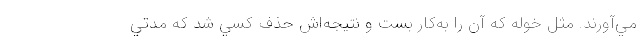
مي‌آورند. مثل خوله كه آن را به‌كار بست و نتيجه‌اش حذف كسي شد كه مدتي